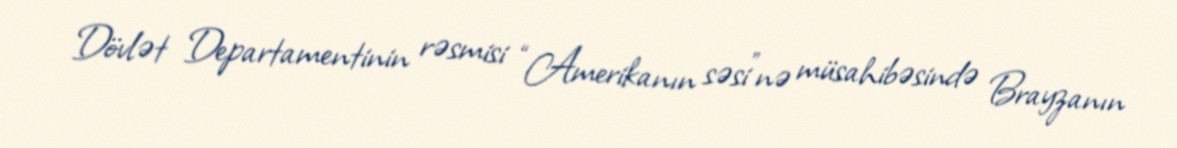
Dövlət Departamentinin rəsmisi “Amerikanın səsi”nə müsahibəsində Brayzanın